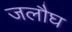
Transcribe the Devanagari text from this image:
जलौघ